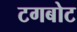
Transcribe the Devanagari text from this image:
टगबोट